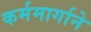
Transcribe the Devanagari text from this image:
कर्ममार्गाने